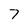
Character: 7